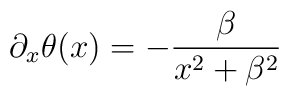
\partial_x\theta(x)=-{\beta\over x^2+\beta^2}